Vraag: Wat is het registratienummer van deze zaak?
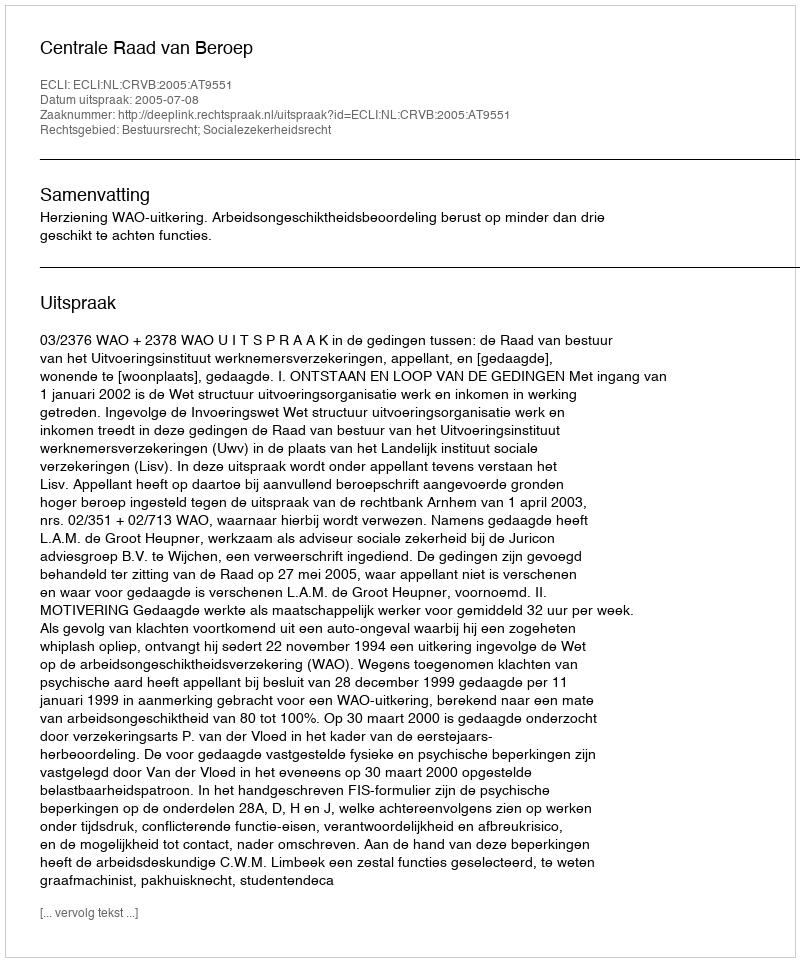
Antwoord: http://deeplink.rechtspraak.nl/uitspraak?id=ECLI:NL:CRVB:2005:AT9551